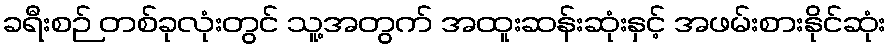
ခရီးစဉ် တစ်ခုလုံးတွင် သူ့အတွက် အထူးဆန်းဆုံးနှင့် အဖမ်းစားနိုင်ဆုံး